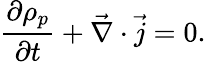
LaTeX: \frac{\partial{\rho_{p}}}{\partial t}+\vec{\nabla}\cdot\vec{j}=0.